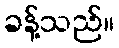
ခန့်သည်။